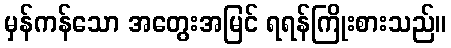
မှန်ကန်သော အတွေးအမြင် ရရန်ကြိုးစားသည်။